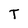
Character: T